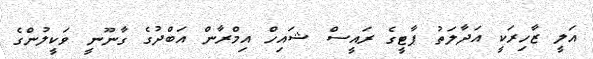
އަލީ ޒާހިރަކީ އަދާލަތު ޕާޓީގެ ރައީސް ޝައިހް އިމްރާން އަބްދުގެ ގާނޫނީ ވަކީލުންގެ